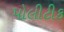
પોલીટીક